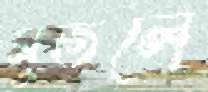
মুতলে